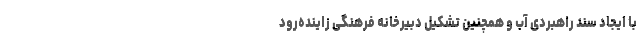
با ایجاد سند راهبردی آب و همچنین تشکیل دبیرخانه فرهنگی زاینده‌رود